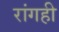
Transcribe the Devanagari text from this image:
रांगही